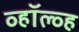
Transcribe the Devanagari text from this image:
व्हॉल्व्ह